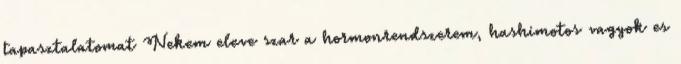
tapasztalatomat Nekem eleve szar a hormonrendszerem, hashimotos vagyok es